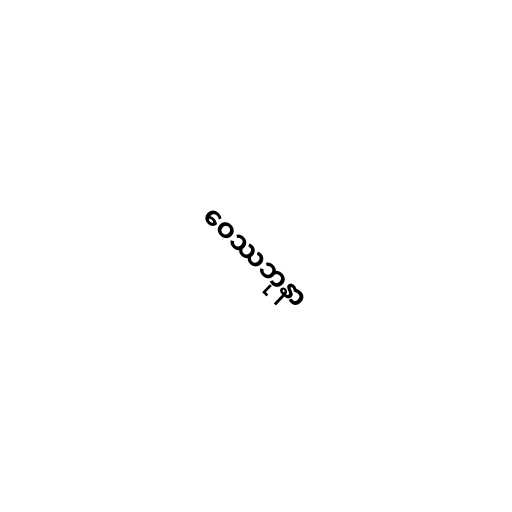
ဝေဿဘုနာ